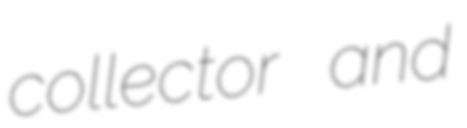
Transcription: collector and